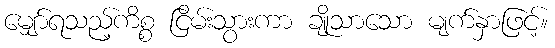
မျှော်ရသည့်ကိစ္စ ငြိမ်းသွားကာ ချိုသာသော မျက်နှာဖြင့်။